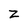
Character: Z